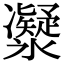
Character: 𠘤